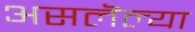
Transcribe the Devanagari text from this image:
असलॆल्या